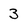
Character: 3